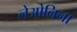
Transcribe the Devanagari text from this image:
लेओनिना